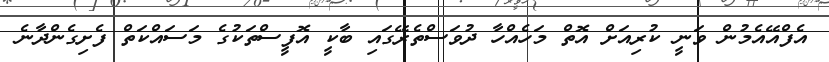
އެފްއޭއެމުން ވަނީ ކުރިއަށް އޮތް މަހެއްހާ ދުވަސްތެރޭގައި ބާކީ އޮފީސްތަކުގެ މަސައްކަތް ފެށިގެންދާނެ